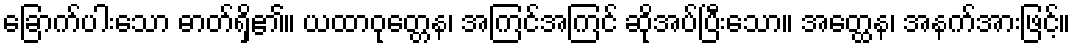
ခြောက်ပါးသော ဓာတ်ရှိ၏။ ယထာဝုတ္တေန၊ အကြင်အကြင် ဆိုအပ်ပြီးသော။ အတ္ထေန၊ အနက်အားဖြင့်။